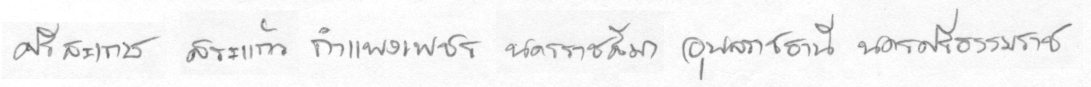
ศรีสะเกษสระแก้วกำแพงเพชรนครราชสีมาอุลราชธานีนครศรีธรรมราช